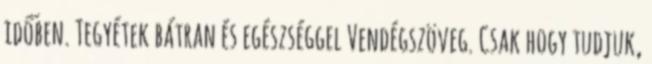
időben. Tegyétek bátran és egészséggel Vendégszöveg. Csak hogy tudjuk,